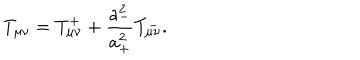
LaTeX: T _ { \mu \nu } = T _ { \mu \nu } ^ { + } + \frac { a _ { - } ^ { 2 } } { a _ { + } ^ { 2 } } T _ { \mu \nu } ^ { - } .